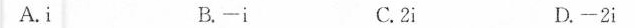
A. i B. -i C. 2i D. -2i